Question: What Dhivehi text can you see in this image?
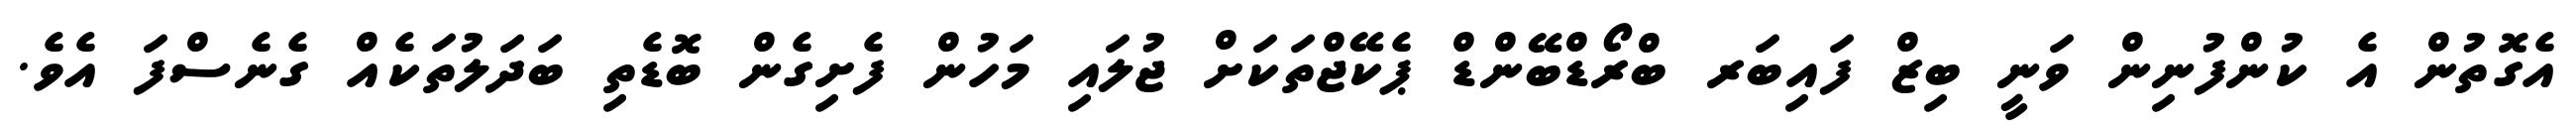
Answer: އެގޮތުން އެ ކުންފުނިން ވަނީ ބިޒް ފައިބަރ ބްރޯޑްބޭންޑް ޕެކޭޖްތަކަށް ޖުލައި މަހުން ފެށިގެން ބޮޑެތި ބަދަލުތަކެއް ގެނެސްފަ އެވެ.